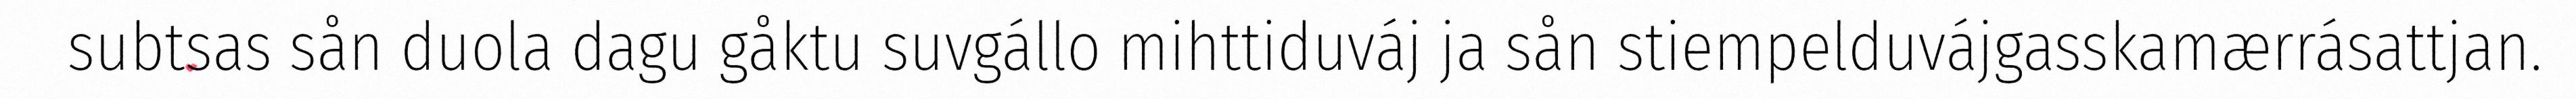
subtsas sån duola dagu gåktu suvgállo mihttiduváj ja sån stiempelduvájgasskamærrásattjan.